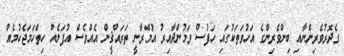
ގެދޮރުވެރިންނާއި ބިންވެރިންގެ އަހުވަތަކުގައި ހަފުސް ވަމުންދާއިރު އުމްރާނީ ތަރައްޤީން އެއްވެސް އުފަލެއް ހިތްހަމަޖެހުމެއް